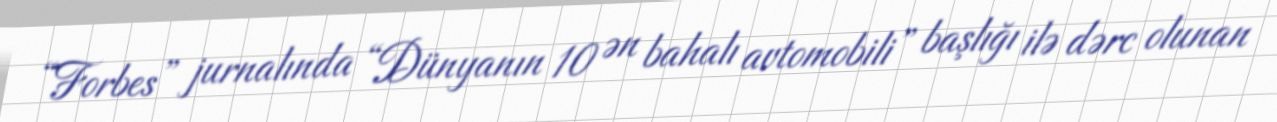
“Forbes” jurnalında “Dünyanın 10 ən bahalı avtomobili” başlığı ilə dərc olunan